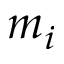
m _ { i }